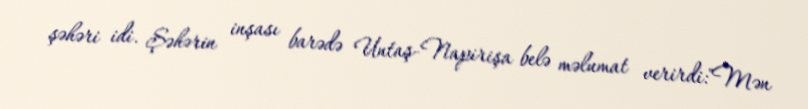
şəhəri idi. Şəhərin inşası barədə Untaş-Napirişa belə məlumat verirdi:"Mən